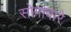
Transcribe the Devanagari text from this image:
सोगावारे